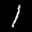
Label: 1